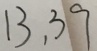
1 3 , 3 9